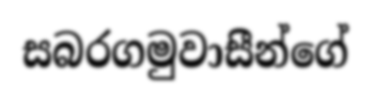
සබරගමුවාසීන්ගේ